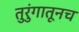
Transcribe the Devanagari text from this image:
तुरुंगातूनच